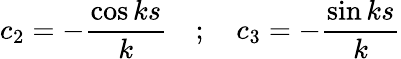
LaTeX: c_{2}=-{\frac{\cos ks}{k}}\quad;\quad c_{3}=-{\frac{\sin ks}{k}}